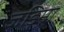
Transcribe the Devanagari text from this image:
जड़िमा